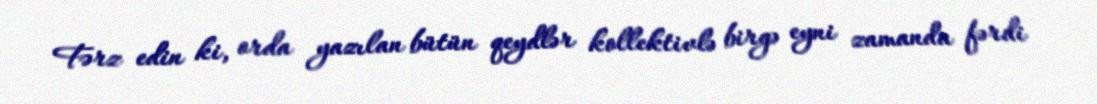
Fərz edin ki, orda yazılan bütün qeydlər kollektivlə birgə eyni zamanda fərdi